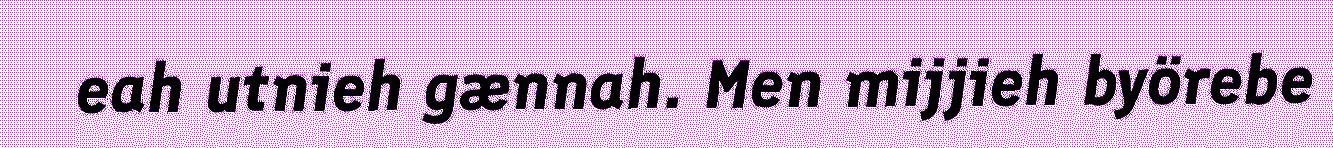
eah utnieh gænnah. Men mijjieh byörebe